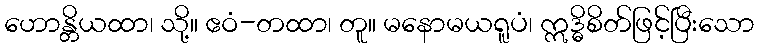
ဟောန္တိယထာ၊ သို့။ ဧဝံ-တထာ၊ တူ။ မနောမယရူပံ၊ ဣဒ္ဓိစိတ်ဖြင့်ပြီးသော